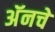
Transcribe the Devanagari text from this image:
अॅनचे